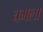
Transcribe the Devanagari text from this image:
चमला